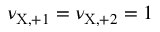
\nu _ { \mathrm { X } , + 1 } = \nu _ { \mathrm { X } , + 2 } = 1